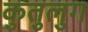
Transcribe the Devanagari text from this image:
कुतुलुग